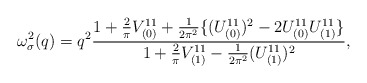
\begin{align*}\omega^{2}_{\sigma}(q) = q^{2} \frac{ 1 + \frac{2}{\pi} V_{(0)}^{11} + \frac{1}{2 \pi ^{2}}\{(U_{(0)}^{11})^{2} - 2 U_{(0)}^{11} U_{(1)}^{11}\} }{1 + \frac{2}{\pi} V_{(1)}^{11} - \frac{1}{2 \pi ^{2}} (U_{(1)}^{11})^{2}},\end{align*}